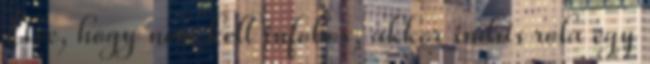
Elve, hogy nem kell infobox, akkor indíts róla egy